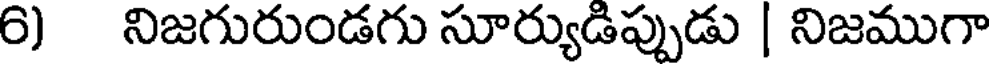
6) నిజగురుండగు సూర్యుడిప్పుడు | నిజముగా